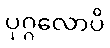
ပုဂ္ဂလောပိ